Plague in India, 1896, 1897 - Volume 3
Year: 1896
Disease focus: Plague
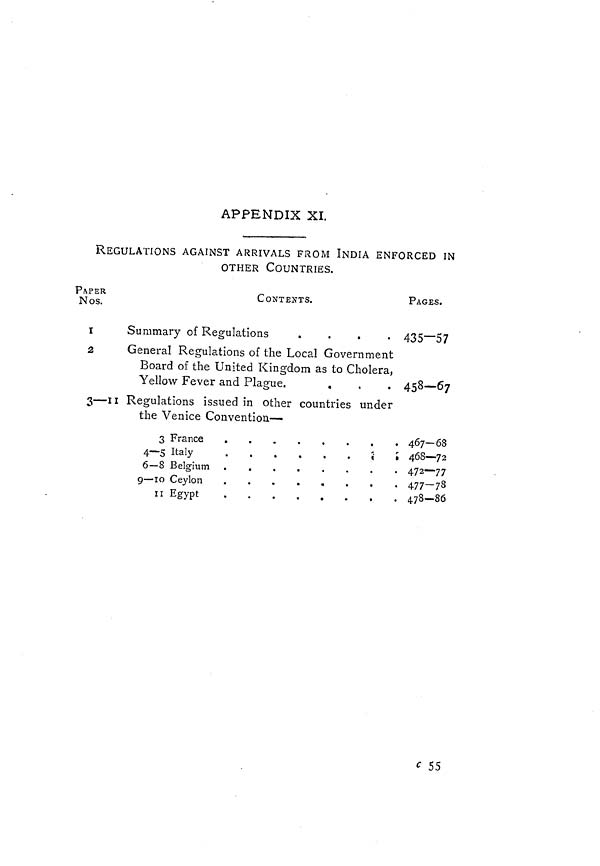
APPENDIX XI.
REGULATIONS AGAINST ARRIVALS FROM INDIA ENFORCED IN
OTHER COUNTRIES.
PAPER
Nos.
I
2
3— ii
CONTEXTS.
Summary of Regulations
.
.
.
.
General Regulations of the Local Government
Board of the United Kingdom as to Cholera,
Yellow Fever and Plague.
.
PAGES.
435—57
458—67
Regulations issued in other countries under
the Venice Convention—
3 France
4—5 Italy
«
»
ii Egypt
. . .
o
....
467—68
468—72
4.72—77
477—78
478—86
c 55